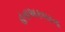
હતાઅકબરના